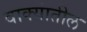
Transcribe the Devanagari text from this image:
वाक्यांतील